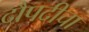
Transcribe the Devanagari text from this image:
दौपदीचा